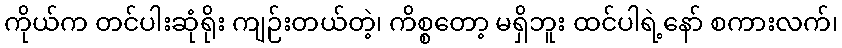
ကိုယ်က တင်ပါးဆုံရိုး ကျဉ်းတယ်တဲ့၊ ကိစ္စတော့ မရှိဘူး ထင်ပါရဲ့နော် စကားလက်၊